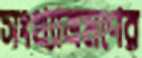
সংখ্যাভ্রমণের